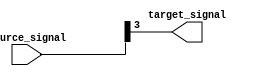
module bit_select_example (
    input [7:0] source_signal,
    output reg target_signal
);

// Assign bit 3 of source_signal to target_signal
assign target_signal = source_signal[3];

endmodule